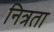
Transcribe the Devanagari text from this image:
नित्रता